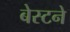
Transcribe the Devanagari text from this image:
बेस्टने